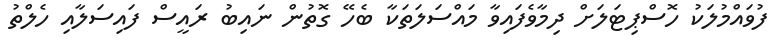
ފުވައްމުލަކު ހޮސްޕިޓަލަށް ދިމާވެފައިވާ މައްސަލަތަކާ ބެހޭ ގޮތުން ނައިބު ރައީސް ފައިސަލާއި ހެލްތު